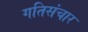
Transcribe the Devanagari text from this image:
गतिसंचार